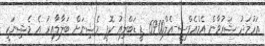
އަހުމަދު ޝަރުވާން އެމްއެފްސީ-އެލް6900 ޑީ ޑަބްލިއު ކޮޕީ މެޝިނަށް ބަލާލާއިރު އެ މެޝިނަކީ